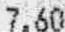
7.60